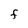
Character: F